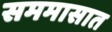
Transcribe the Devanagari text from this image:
सममासात